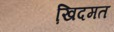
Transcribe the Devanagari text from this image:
खि़दमत